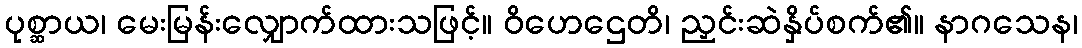
ပုစ္ဆာယ၊ မေးမြန်းလျှောက်ထားသဖြင့်။ ဝိဟေဌေတိ၊ ညှင်းဆဲနှိပ်စက်၏။ နာဂသေန၊